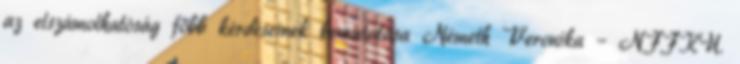
az elszámolhatóság főbb kérdéseinek bemutatása Németh Veronika – NFFKÜ.